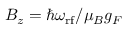
B _ { z } = \hbar \omega _ { \mathrm { r f } } / \mu _ { B } g _ { F }